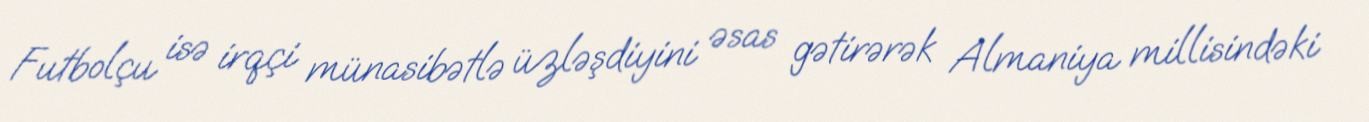
Futbolçu isə irqçi münasibətlə üzləşdiyini əsas gətirərək Almaniya millisindəki